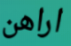
اراهن